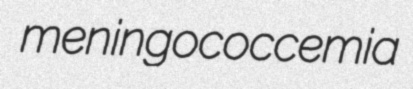
meningococcemia